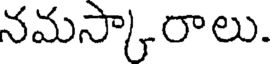
నమస్కారాలు.